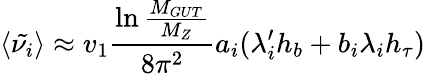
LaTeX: \langle\tilde{\nu_{i}}\rangle\approx v_{1}{\frac{\ln{\frac{M_{GUT}}{M_{Z}}}}{8\pi^{2}}}a_{i}(\lambda_{i}^{\prime}h_{b}+b_{i}\lambda_{i}h_{\tau})